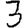
Digit: 3